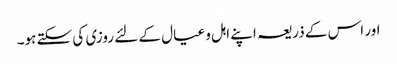
اور اس کے ذریعہ اپنے اہل و عیال کے لئے روزی کی سکتے ہو۔